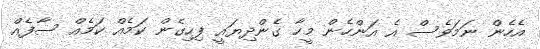
އެހެން ނަމަވެސް އެ އަންހެން މީހާ ގެންދިޔައީ ފިހިގެން ކަމެއް ކަމެއް ސާފެއް